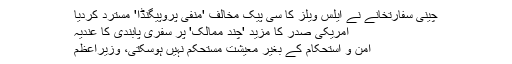
چینی سفارتخانے نے ایلس ویلز کا سی پیک مخالف 'منفی پروپیگنڈا' مسترد کردیا
امریکی صدر کا مزید 'چند ممالک' پر سفری پابندی کا عندیہ
امن و استحکام کے بغیر معیشت مستحکم نہیں ہوسکتی، وزیراعظم